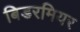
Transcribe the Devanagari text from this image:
बिडरमियर